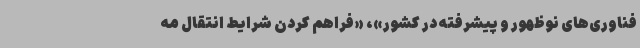
فناوری‌های نوظهور و پیشرفته در کشور»، «فراهم کردن شرایط انتقال مه